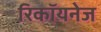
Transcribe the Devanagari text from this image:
रिकॉयनेज